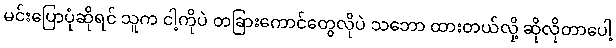
မင်းပြောပုံဆိုရင် သူက ငါ့ကိုပဲ တခြားကောင်တွေလိုပဲ သဘော ထားတယ်လို့ ဆိုလိုတာပေါ့